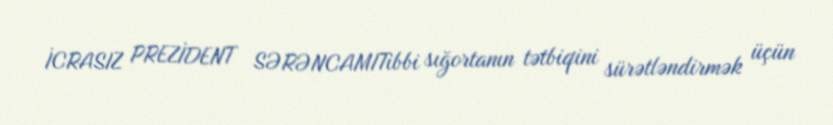
İCRASIZ PREZİDENT SƏRƏNCAMITibbi sığortanın tətbiqini sürətləndirmək üçün